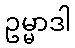
ဥမ္မာဒါ